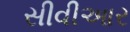
સીવીઆર